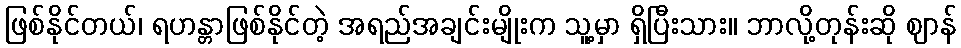
ဖြစ်နိုင်တယ်၊ ရဟန္တာဖြစ်နိုင်တဲ့ အရည်အချင်းမျိုးက သူ့မှာ ရှိပြီးသား။ ဘာလို့တုန်းဆို ဈာန်